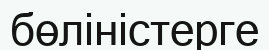
бөліністерге